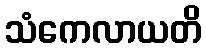
သံကေလာယတိ